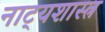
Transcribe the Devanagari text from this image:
नाट्‍यशास्त्र